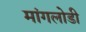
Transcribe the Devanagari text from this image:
मांगलोडी